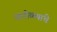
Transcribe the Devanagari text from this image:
चारोळ्यांचे